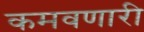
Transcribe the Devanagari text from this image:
कमवणारी